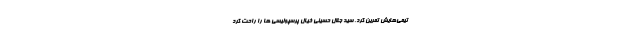
تیمی‌هایش تمرین کرد. سید جلال حسینی خیال پرسپولیسی ها را راحت کرد